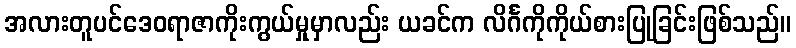
အလားတူပင်ဒေဝရာဇာကိုးကွယ်မှုမှာလည်း ယခင်က လိင်္ဂကိုကိုယ်စားပြုခြင်းဖြစ်သည်။